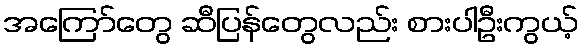
အကြော်တွေ ဆီပြန်တွေလည်း စားပါဦးကွယ့်